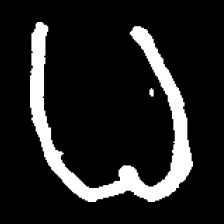
Pyu character \u2014 Myanmar letter: ဓ (romanized: dha)